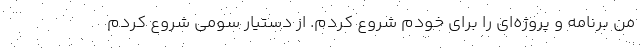
من برنامه و پروژه‌ای را برای خودم شروع کردم. از دستیار سومی شروع کردم